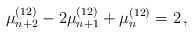
\begin{align*}\mu_{n+2}^{(12)} - 2 \mu_{n+1}^{(12)} + \mu_n^{(12)} = 2 \,,\end{align*}